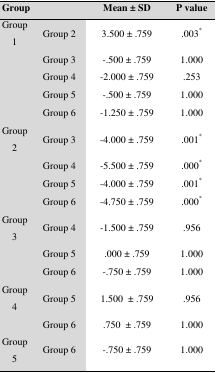
<table><thead><tr><td colspan="2"><b>Group</b></td><td><b>Mean ± SD</b></td><td><b>P value</b></td></tr></thead><tbody><tr><td>Group 1</td><td>Group 2</td><td>3.500 ± .759</td><td>.003<sup>*</sup></td></tr><tr><td></td><td>Group 3</td><td>-.500 ± .759</td><td>1.000</td></tr><tr><td></td><td>Group 4</td><td>-2.000 ± .759</td><td>.253</td></tr><tr><td></td><td>Group 5</td><td>-.500 ± .759</td><td>1.000</td></tr><tr><td></td><td>Group 6</td><td>-1.250 ± .759</td><td>1.000</td></tr><tr><td>Group 2</td><td>Group 3</td><td>-4.000 ± .759</td><td>.001<sup>*</sup></td></tr><tr><td></td><td>Group 4</td><td>-5.500 ± .759</td><td>.000<sup>*</sup></td></tr><tr><td></td><td>Group 5</td><td>-4.000 ± .759</td><td>.001<sup>*</sup></td></tr><tr><td></td><td>Group 6</td><td>-4.750 ± .759</td><td>.000<sup>*</sup></td></tr><tr><td>Group 3</td><td>Group 4</td><td>-1.500 ± .759</td><td>.956</td></tr><tr><td></td><td>Group 5</td><td>.000 ± .759</td><td>1.000</td></tr><tr><td></td><td>Group 6</td><td>-.750 ± .759</td><td>1.000</td></tr><tr><td>Group 4</td><td>Group 5</td><td>1.500 ± .759</td><td>.956</td></tr><tr><td></td><td>Group 6</td><td>.750 ± .759</td><td>1.000</td></tr><tr><td>Group 5</td><td>Group 6</td><td>-.750 ± .759</td><td>1.000</td></tr></tbody></table>